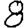
Digit: 8